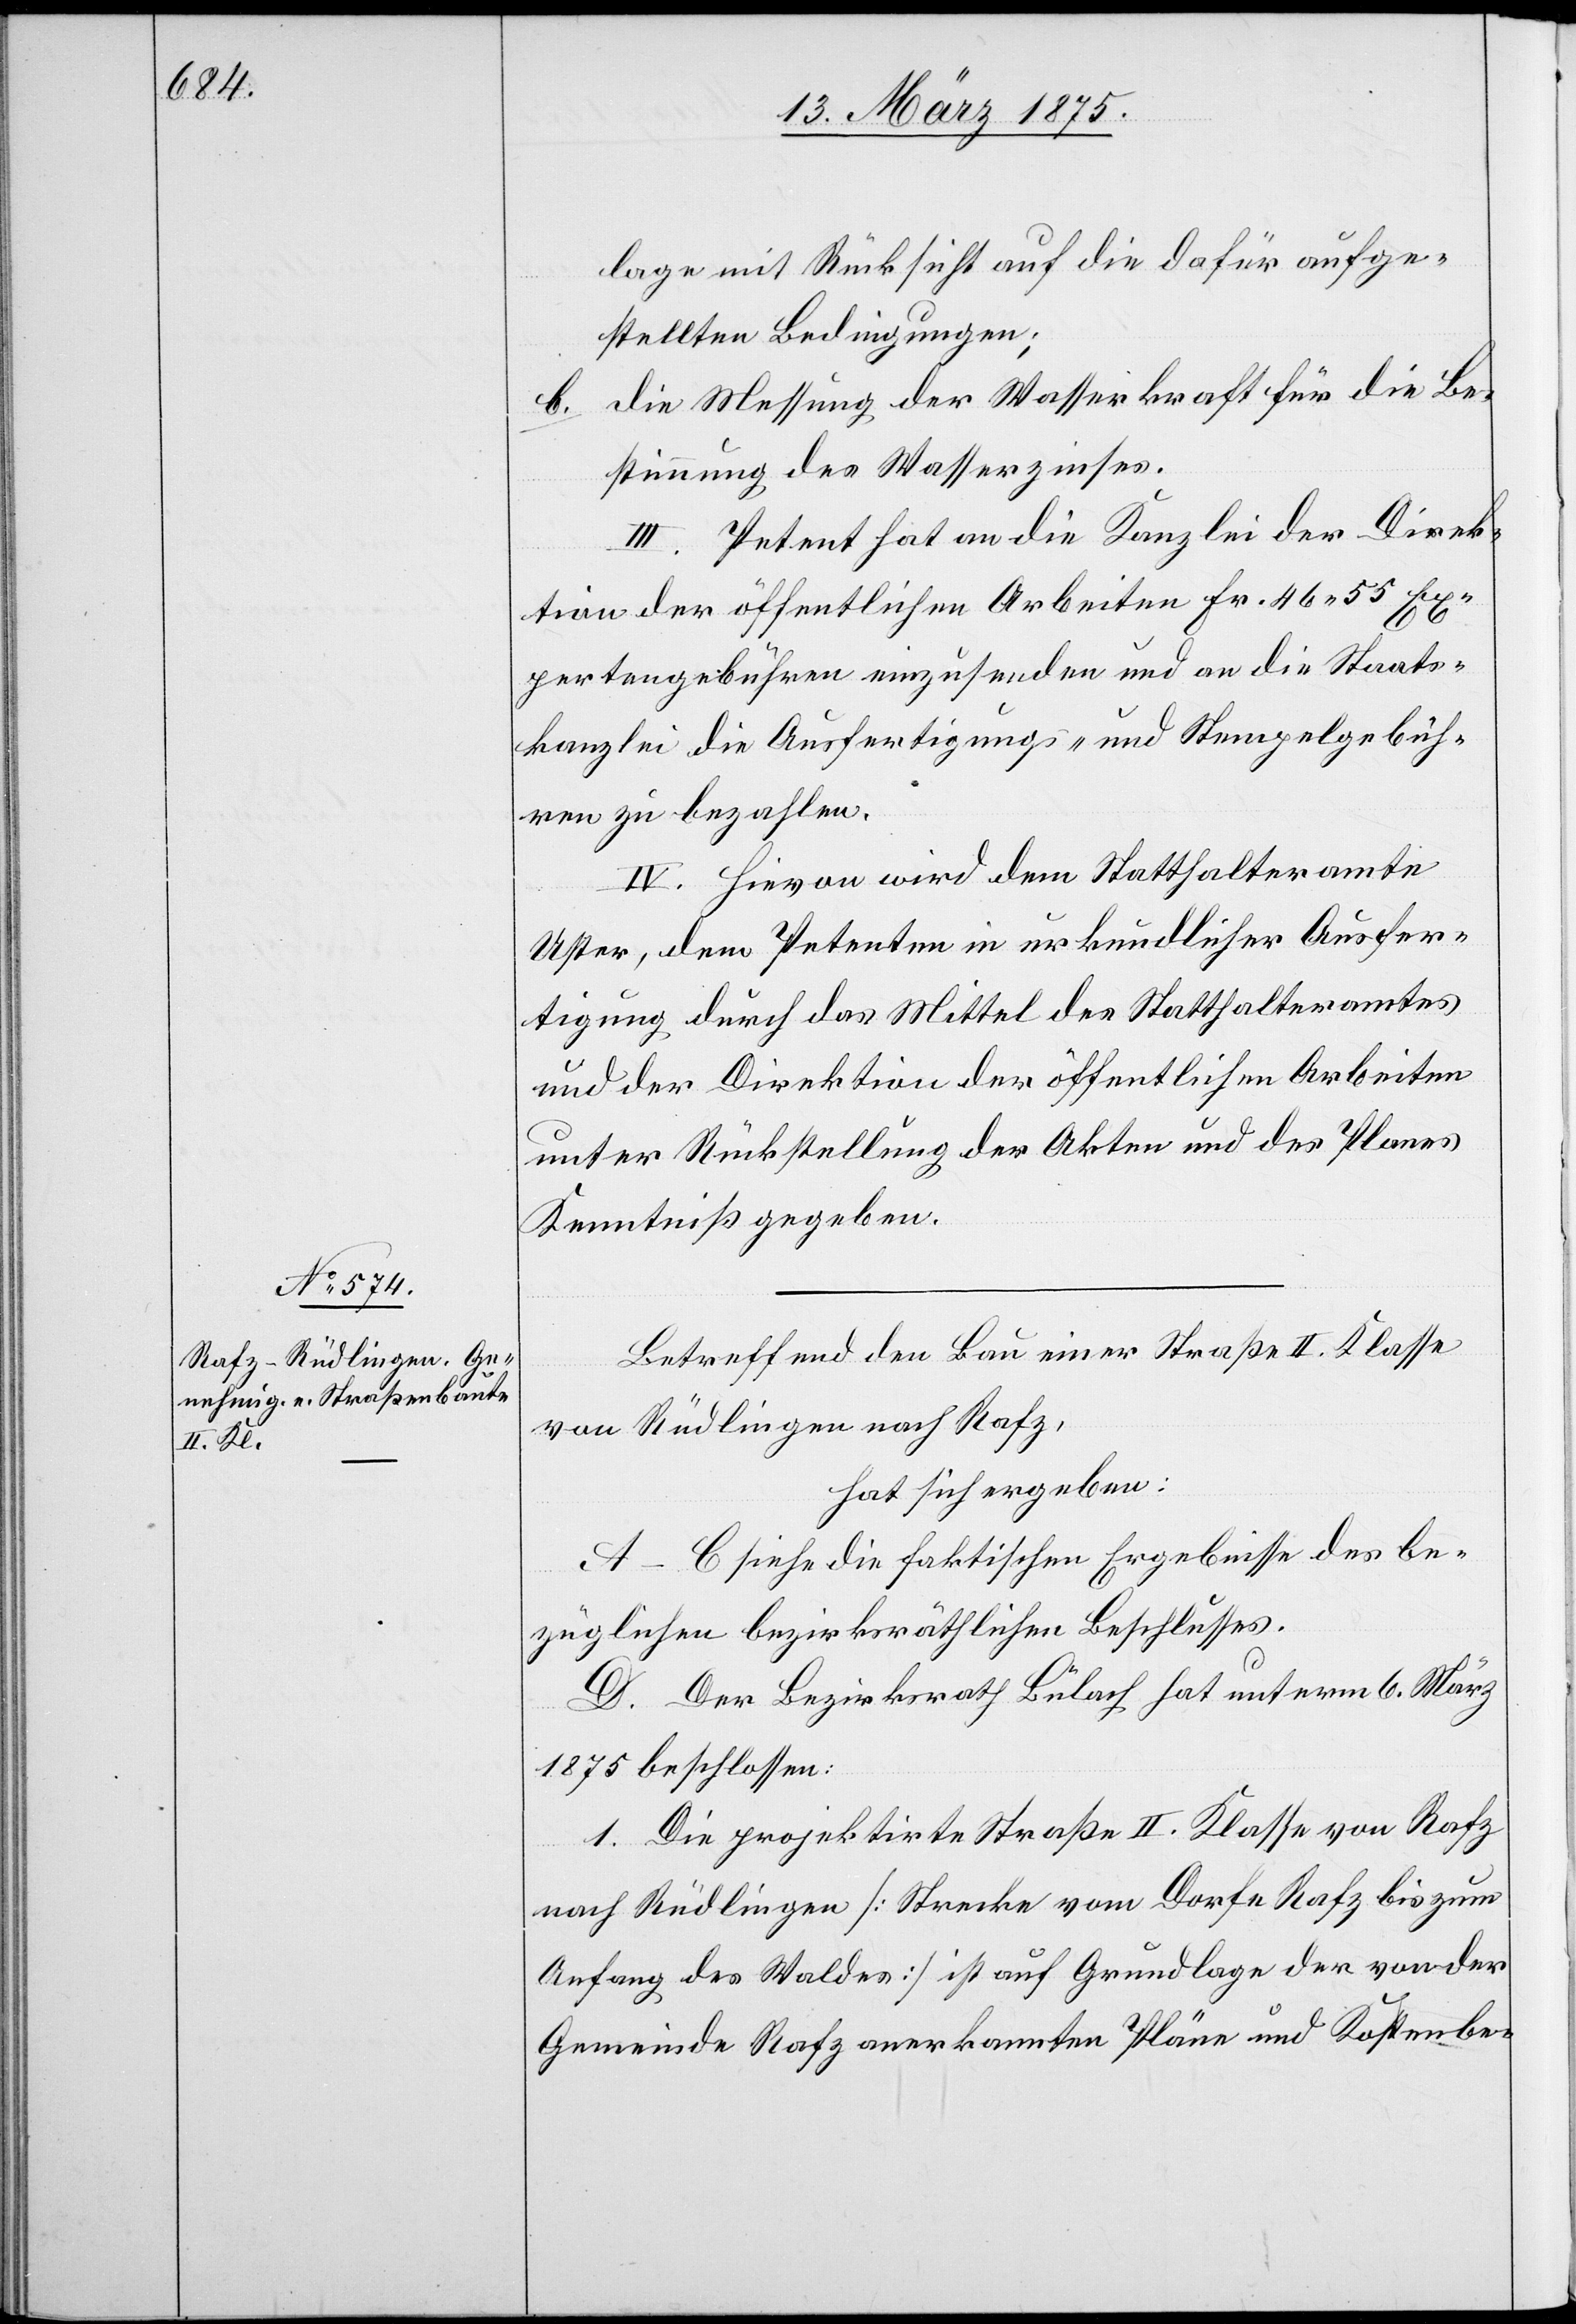
Betreffend den Bau einer Straße II. Klasse
von Rüdlingen nach Rafz,
hat sich ergeben:
A–C siehe die faktischen Ergebnisse des be¬
züglichen bezirksräthlichen Beschlusses.
D. Der Bezirksrath Bülach hat unterm 6. März
1875 beschlossen:
1. Die projektirte Straße von Rafz nach Rüd¬
zum
Anfang des Waldes] ist auf Grundlage der von der
Gemeinde Rafz anerkannten Pläne und Kostenbe-